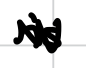
Text: is
Cross-out: zig-zag
Writing tool: digital_black